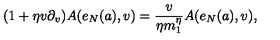
( 1 + \eta v \partial _ { v } ) A ( e _ { N } ( a ) , v ) = { \frac { v } { \eta m _ { 1 } ^ { \eta } } } A ( e _ { N } ( a ) , v ) ,